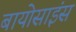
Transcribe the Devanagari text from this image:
बायोसाइंस